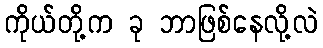
ကိုယ်တို့က ခု ဘာဖြစ်နေလို့လဲ